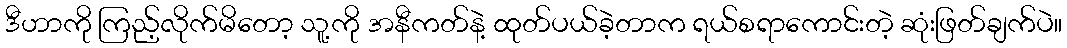
ဒီဟာကို ကြည့်လိုက်မိတော့ သူ့ကို အနီကတ်နဲ့ ထုတ်ပယ်ခဲ့တာက ရယ်စရာကောင်းတဲ့ ဆုံးဖြတ်ချက်ပဲ။